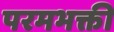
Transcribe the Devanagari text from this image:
परमभक्ती